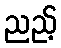
ညည့်